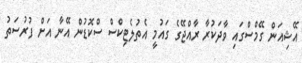
އޭޝިއަން ގޭމްސްގައި ވާދަކުރާ ރާއްޖޭގެ ގައުމީ އެތުލެޓިކްސް ސްކޮޑުން އޭނާ އަށް ފުރުސަތު